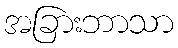
အခြားဘာသာ